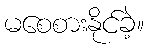
မစေစားနိုင်ခဲ့။